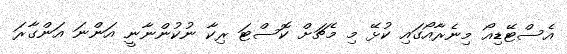
އެސްޓޭޑިއޯ މިނެރާއޯގައި ކުޅޭ މި މެޗަށް ކޮސްޓަ ރިކާ ނުކުންނާނީ އަންނަ އަންގާރަ